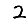
Digit: 2